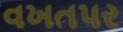
વખતપર